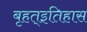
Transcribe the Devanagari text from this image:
बृहत्इतिहास